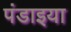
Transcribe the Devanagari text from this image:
पंडाइया